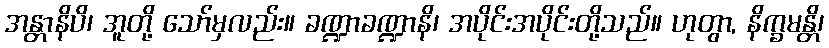
အန္တာနိပိ၊ အူတို့ သော်မှလည်း။ ခဏ္ဍာခဏ္ဍာနိ၊ အပိုင်းအပိုင်းတို့သည်။ ဟုတွာ, နိက္ခမန္တိ၊